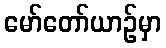
မော်တော်ယာဉ်မှာ